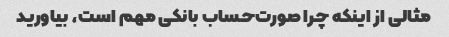
مثالی از اینکه چرا صورت‌حساب بانکی مهم است، بیاورید